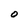
Character: O